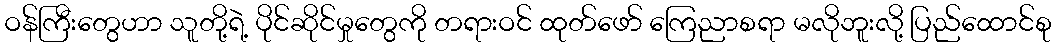
ဝန်ကြီးတွေဟာ သူတို့ရဲ့ ပိုင်ဆိုင်မှုတွေကို တရားဝင် ထုတ်ဖော် ကြေညာစရာ မလိုဘူးလို့ ပြည်ထောင်စု